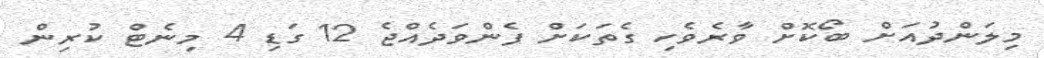
މިލަންދުއަށް ބޯކޮށް ވާރެވެހި ގެތަކަށް ފެންވަދެއްޖެ 12 ގަޑި 4 މިނެޓް ކުރިން